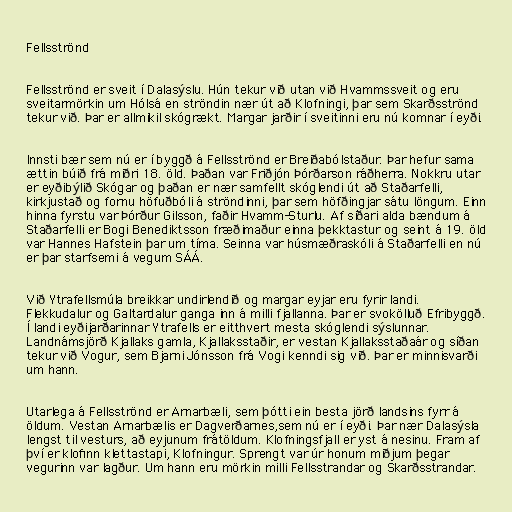
Fellsströnd

Fellsströnd er sveit í Dalasýslu. Hún tekur við utan við Hvammssveit og eru
sveitarmörkin um Hólsá en ströndin nær út að Klofningi, þar sem Skarðsströnd
tekur við. Þar er allmikil skógrækt. Margar jarðir í sveitinni eru nú komnar í eyði.

Innsti bær sem nú er í byggð á Fellsströnd er Breiðabólstaður. Þar hefur sama
ættin búið frá miðri 18. öld. Þaðan var Friðjón Þórðarson ráðherra. Nokkru utar
er eyðibýlið Skógar og þaðan er nær samfellt skóglendi út að Staðarfelli,
kirkjustað og fornu höfuðbóli á ströndinni, þar sem höfðingjar sátu löngum. Einn
hinna fyrstu var Þórður Gilsson, faðir Hvamm-Sturlu. Af síðari alda bændum á
Staðarfelli er Bogi Benediktsson fræðimaður einna þekktastur og seint á 19. öld
var Hannes Hafstein þar um tíma. Seinna var húsmæðraskóli á Staðarfelli en nú
er þar starfsemi á vegum SÁÁ.

Við Ytrafellsmúla breikkar undirlendið og margar eyjar eru fyrir landi.
Flekkudalur og Galtardalur ganga inn á milli fjallanna. Þar er svokölluð Efribyggð.
Í landi eyðijarðarinnar Ytrafells er eitthvert mesta skóglendi sýslunnar.
Landnámsjörð Kjallaks gamla, Kjallaksstaðir, er vestan Kjallaksstaðaár og síðan
tekur við Vogur, sem Bjarni Jónsson frá Vogi kenndi sig við. Þar er minnisvarði
um hann.

Utarlega á Fellsströnd er Arnarbæli, sem þótti ein besta jörð landsins fyrr á
öldum. Vestan Arnarbælis er Dagverðarnes,sem nú er í eyði. Þar nær Dalasýsla
lengst til vesturs, að eyjunum frátöldum. Klofningsfjall er yst á nesinu. Fram af
því er klofinn klettastapi, Klofningur. Sprengt var úr honum miðjum þegar
vegurinn var lagður. Um hann eru mörkin milli Fellsstrandar og Skarðsstrandar.